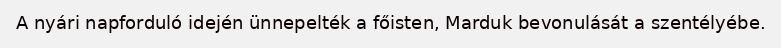
A nyári napforduló idején ünnepelték a főisten, Marduk bevonulását a szentélyébe.